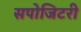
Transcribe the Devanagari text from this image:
सपोजिटरी